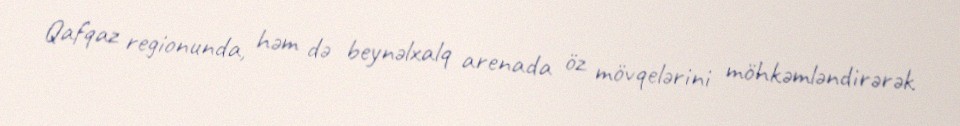
Qafqaz regionunda, həm də beynəlxalq arenada öz mövqelərini möhkəmləndirərək